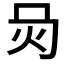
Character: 𤆙